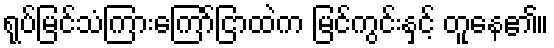
ရုပ်မြင်သံကြားကြော်ငြာထဲက မြင်ကွင်းနှင့် တူနေ၏။